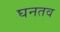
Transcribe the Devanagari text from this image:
घनतव